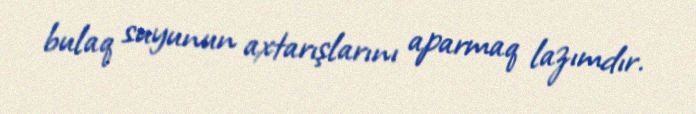
bulaq suyunun axtarışlarını aparmaq lazımdır.